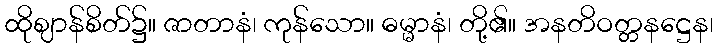
ထိုဈာန်စိတ်၌။ ဇာတာနံ၊ ကုန်သော။ ဓမ္မာနံ၊ တို့၏။ အနတိဝတ္တနဋ္ဌေန၊